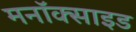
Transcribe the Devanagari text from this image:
मनॉक्साइड